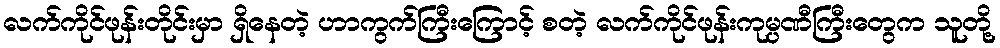
လက်ကိုင်ဖုန်းတိုင်းမှာ ရှိနေတဲ့ ဟာကွက်ကြီးကြောင့် စတဲ့ လက်ကိုင်ဖုန်းကုမ္ပဏီကြီးတွေက သူတို့